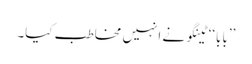
’’بابا‘‘ ٹینگو نے انہیں مخاطب کیا۔